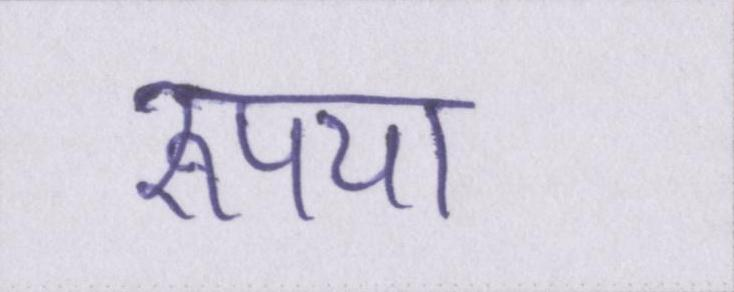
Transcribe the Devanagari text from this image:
रूपया